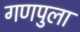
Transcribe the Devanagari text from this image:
गणपुला